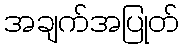
အချက်အပြုတ်